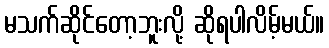
မသက်ဆိုင်တော့ဘူးလို့ ဆိုရပါလိမ့်မယ်။